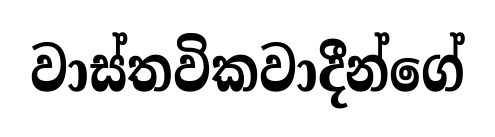
වාස්තවිකවාදීන්ගේ